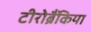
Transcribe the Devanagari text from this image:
टीरोब्रैंकिया